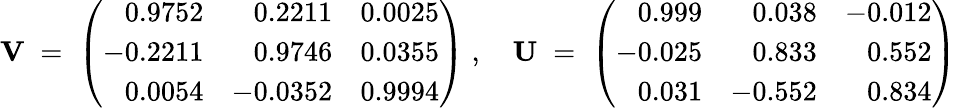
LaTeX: {\mathbf V}\; =\; \left(\begin{array}{rrr}{{0.9752}}&{{0.2211}}&{{0.0025}}\\ {{-0.2211}}&{{0.9746}}&{{0.0355}}\\ {{0.0054}}&{{-0.0352}}&{{0.9994}}\end{array}\right)\; ,\quad{\mathbf U}\; =\; \left(\begin{array}{rrr}{{0.999}}&{{0.038}}&{{-0.012}}\\ {{-0.025}}&{{0.833}}&{{0.552}}\\ {{0.031}}&{{-0.552}}&{{0.834}}\end{array}\right)